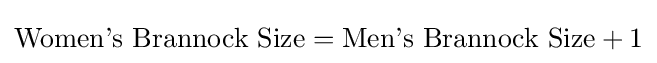
{\text{Women's Brannock Size}}={\text{Men's Brannock Size}}+1